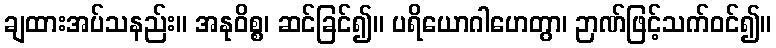
ချထားအပ်သနည်း။ အနုဝိစ္စ၊ ဆင်ခြင်၍။ ပရိယောဂါဟေတွာ၊ ဉာဏ်ဖြင့်သက်ဝင်၍။